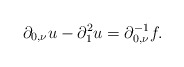
\begin{align*}\partial_{0,\nu}u-\partial_{1}^{2}u=\partial_{0,\nu}^{-1}f.\end{align*}